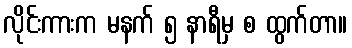
လိုင်းကားက မနက် ၅ နာရီမှ စ ထွက်တာ။